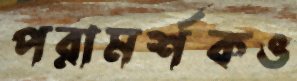
পরামর্শকও